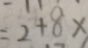
= 2 + 8 x